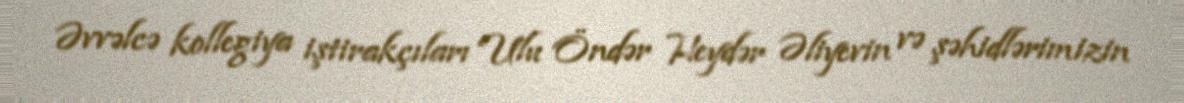
Əvvəlcə kollegiya iştirakçıları Ulu Öndər Heydər Əliyevin və şəhidlərimizin